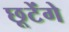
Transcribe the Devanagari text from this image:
छूटेंगे